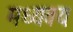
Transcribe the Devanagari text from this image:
मध्यवयः